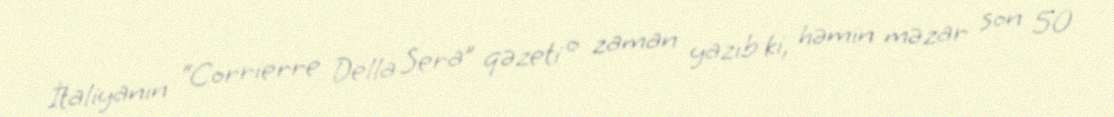
İtaliyanın “Corrierre Della Sera” qəzeti o zaman yazıb ki, həmin məzar son 50